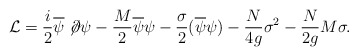
\begin{align*}{\cal L} =\frac{i}2\overline \psi \not \!\partial \psi - \frac{M}2\overline \psi\psi-\frac{\sigma}2 (\overline \psi\psi)- \frac{N}{4g}\sigma^2-\frac{N}{2g} M \sigma.\end{align*}